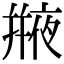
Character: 𠆕